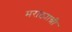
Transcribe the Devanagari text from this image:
मराठ्यान्नी